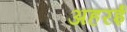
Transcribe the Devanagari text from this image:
अहरई